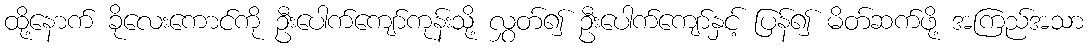
ထို့နောက် ခိုလေးကောင်ကို ဦးပေါက်ကျော်ကုန်းသို့ လွှတ်၍ ဦးပေါက်ကျော်နှင့် ပြန်၍ မိတ်ဆက်ဖို့ အကြည်အသာ